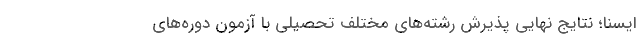
ایسنا؛ نتایج نهایی پذیرش رشته‌های مختلف تحصیلی با آزمون دوره‌های